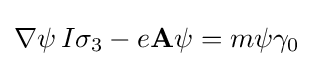
\nabla \psi \,I\sigma _{3}-e\mathbf {A} \psi =m\psi \gamma _{0}